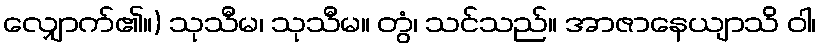
လျှောက်၏။) သုသီမ၊ သုသီမ။ တွံ၊ သင်သည်။ အာဇာနေယျာသိ ဝါ၊